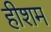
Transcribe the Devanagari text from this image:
हीशम